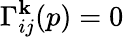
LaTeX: \Gamma_{ij}^{\mathbf{k}}(p)=0